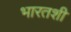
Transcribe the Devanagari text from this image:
भारतशी